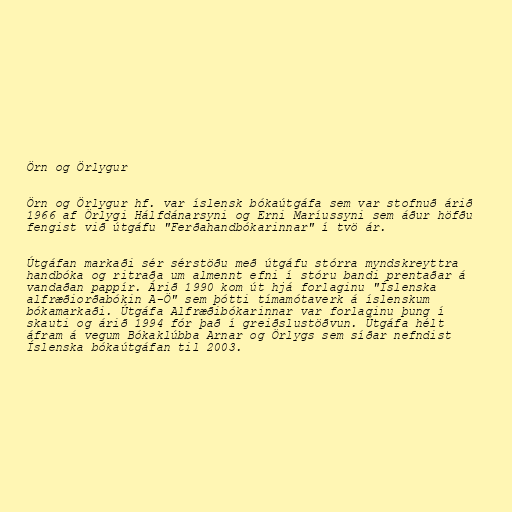
Örn og Örlygur

Örn og Örlygur hf. var íslensk bókaútgáfa sem var stofnuð árið
1966 af Örlygi Hálfdánarsyni og Erni Maríussyni sem áður höfðu
fengist við útgáfu "Ferðahandbókarinnar" í tvö ár.

Útgáfan markaði sér sérstöðu með útgáfu stórra myndskreyttra
handbóka og ritraða um almennt efni í stóru bandi prentaðar á
vandaðan pappír. Árið 1990 kom út hjá forlaginu "Íslenska
alfræðiorðabókin A-Ö" sem þótti tímamótaverk á íslenskum
bókamarkaði. Útgáfa Alfræðibókarinnar var forlaginu þung í
skauti og árið 1994 fór það í greiðslustöðvun. Útgáfa hélt
áfram á vegum Bókaklúbba Arnar og Örlygs sem síðar nefndist
Íslenska bókaútgáfan til 2003.